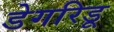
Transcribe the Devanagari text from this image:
डेगरिडू